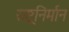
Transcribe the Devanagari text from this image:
राष्ट्रनिर्मान